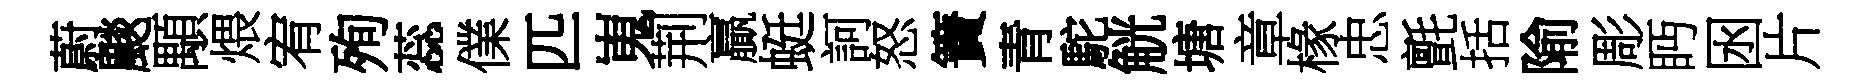
蔚颷顒煨宥殉蕊㒒匹嵬荆贏蜓訶怒簀青駝觥塘章椽忠氈括隃彫眄囦片